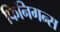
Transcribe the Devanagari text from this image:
फिनिगन्स